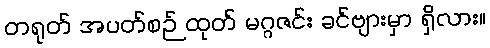
တရုတ် အပတ်စဉ် ထုတ် မဂ္ဂဇင်း ခင်ဗျားမှာ ရှိလား။